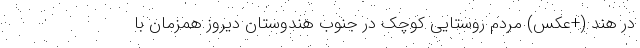
در هند (+عکس) مردم روستایی کوچک در جنوب هندوستان دیروز همزمان با